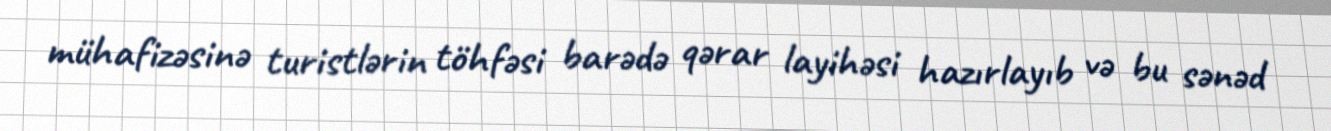
mühafizəsinə turistlərin töhfəsi barədə qərar layihəsi hazırlayıb və bu sənəd